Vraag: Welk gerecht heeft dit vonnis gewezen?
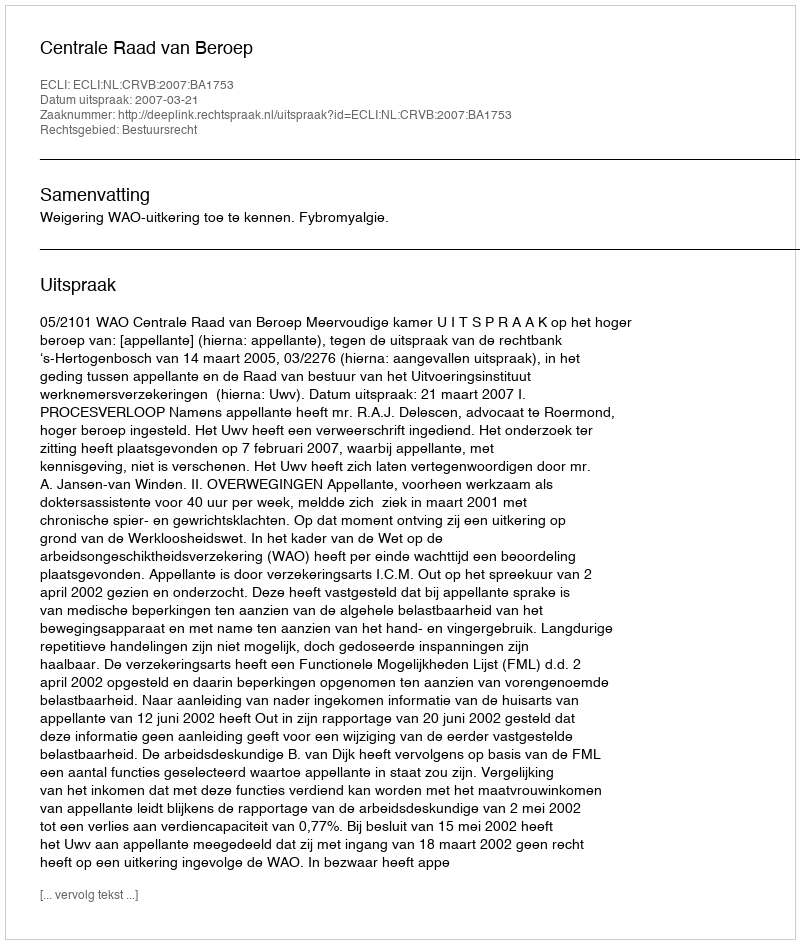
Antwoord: Centrale Raad van Beroep